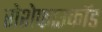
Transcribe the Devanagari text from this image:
रोशेफाउकॉड